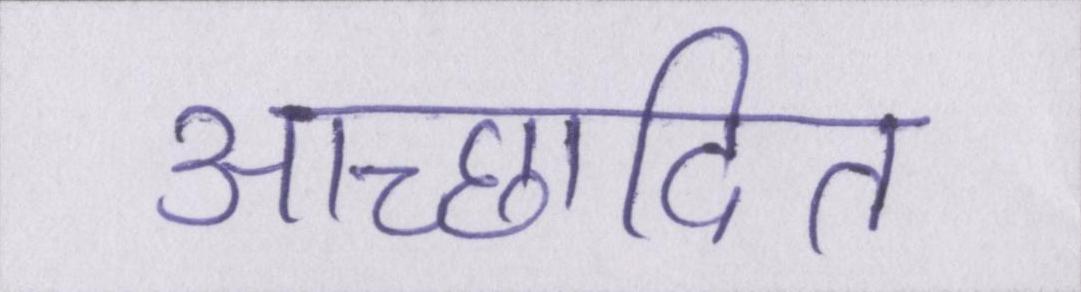
आच्छादित